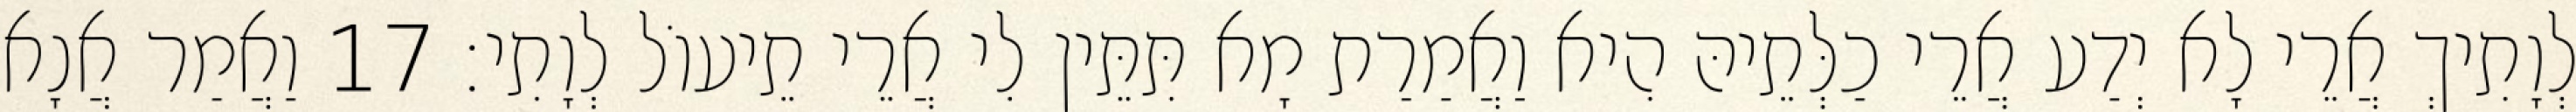
לְוָתִיךְ אֲרֵי לָא יְדַע אֲרֵי כַלְּתֵיהּ הִיא וַאֲמַרַת מָא תִּתֵּין לִי אֲרֵי תֵיעוֹל לְוָתִי׃ 17 וַאֲמַר אֲנָא